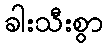
ခါးသီးစွာ